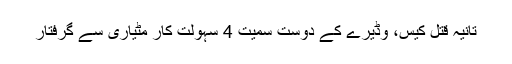
تانیہ قتل کیس، وڈیرے کے دوست سمیت 4 سہولت کار مٹیاری سے گرفتار